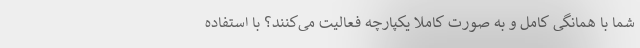
شما با همانگی کامل و به صورت کاملا یکپارچه فعالیت می‌کنند؟ با استفاده